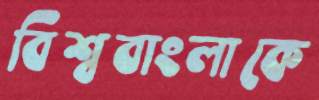
বিশ্ববাংলাকে